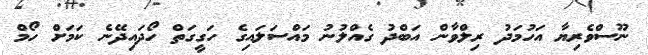
ނޫސްވެރިޔާ އަހުމަދު ރިލްވާން އަބްދު ގެއްލުނު މައްސަލައިގެ ހަގީގަތް ހޯދައިދޭނެ ކަމަށް ހޯމް